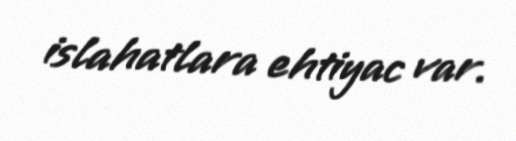
islahatlara ehtiyac var.